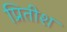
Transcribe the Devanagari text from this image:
प्रितीश